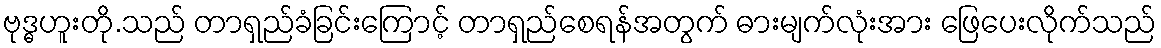
ဗုဒ္ဓဟူးတို.သည် တာရှည်ခံခြင်းကြောင့် တာရှည်စေရန်အတွက် ဓားမျက်လုံးအား ဖြေပေးလိုက်သည်